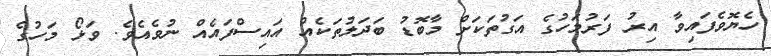
ހެޔޮވެފައިވާ އިރު ފަރުމަހުގެ އަގުތަކަށް މާބޮޑު ބަދަލުތަކެއް އައިސްފައެއް ނުވެއެވެ. ވަޅޯ މަހުގެ